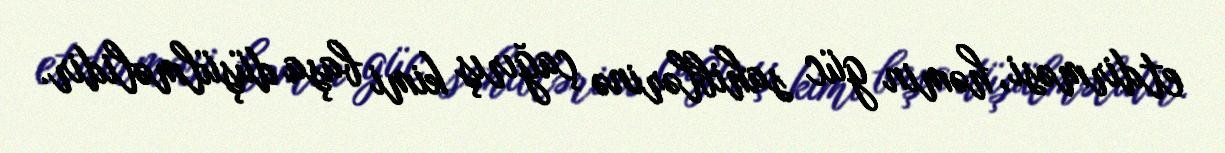
etdirməsi, həmin güc sahiblərinə çağırış kimi başa düşülməlidir.